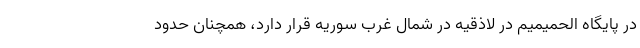
در پایگاه الحمیمیم در لاذقیه در شمال غرب سوریه قرار دارد، همچنان حدود